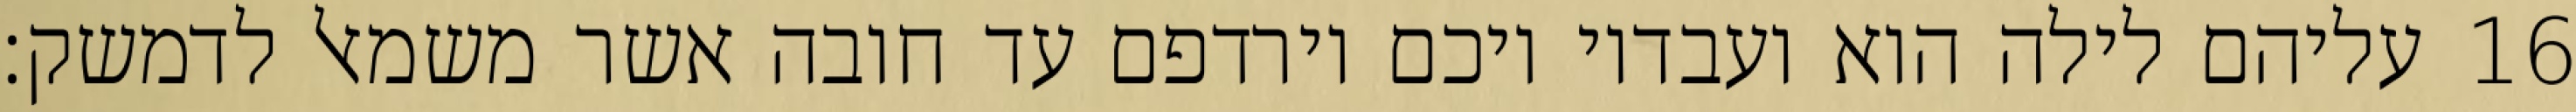
עליהם לילה הוא ועבדיו ויכם וירדפם עד חובה אשר משמאל לדמשק׃ ‎16‏